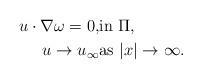
\begin{align*}u\cdot \nabla \omega =0, &\mathrm{in} \, \, \Pi ,\\u\rightarrow u_{\infty} &\mathrm{as} \, \, |x|\rightarrow \infty .\end{align*}